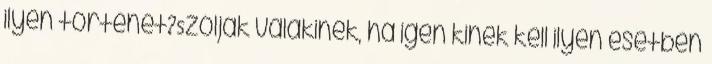
ilyen történet?Szóljak valakinek, ha igen kinek kell ilyen esetben